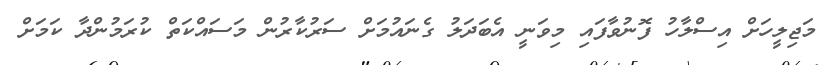
މަޖިލީހަށް އިސްލާހު ފޮނުވާފައި މިވަނީ އެބަދަލު ގެނައުމަށް ސަރުކާރުން މަސައްކަތް ކުރަމުންދާ ކަމަށް